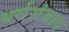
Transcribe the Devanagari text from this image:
धर्मसंवाद